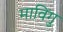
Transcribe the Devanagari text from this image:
माविंगु